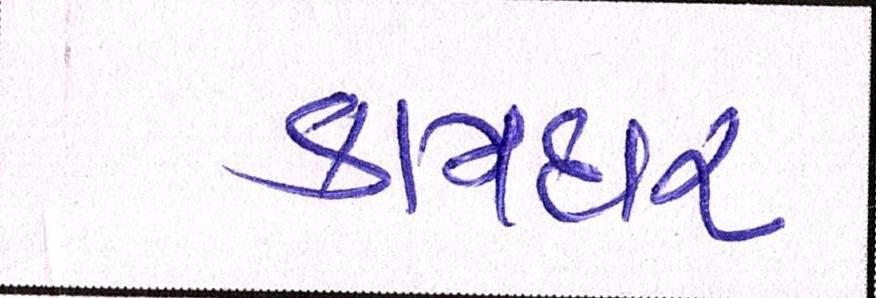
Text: કામદાર